Scottish Leaving Certificate Examination, 1953
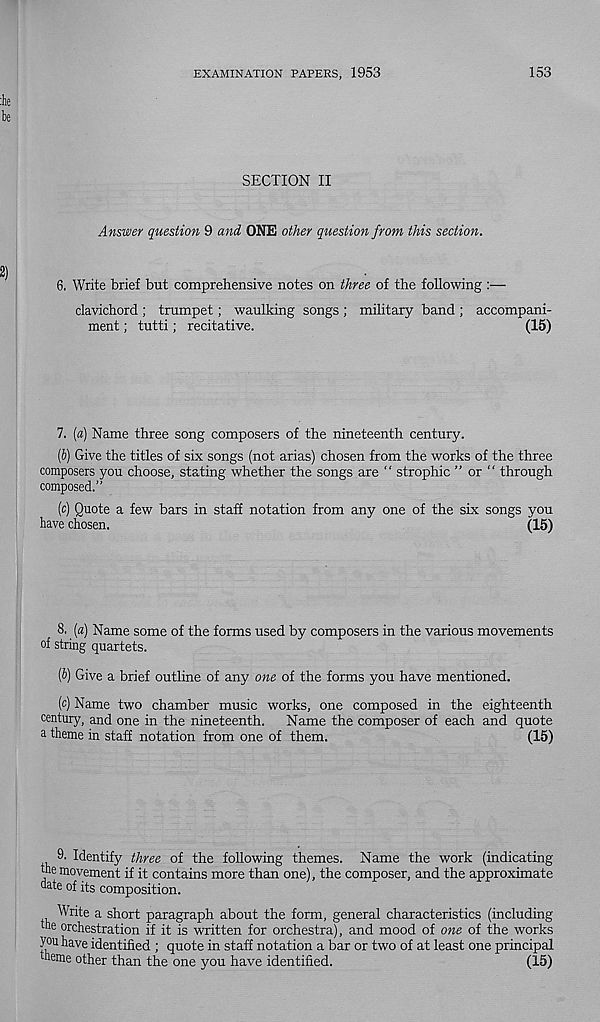
EXAMINATION PAPERS, 1953
153
SECTION II
Answer question 9 and ONE other question from this section.
6. Write brief but comprehensive notes on three of the following :—
clavichord ; trumpet; waulking songs ; military band ; accompani-
ment ; tutti; recitative.
(15)
7. («) Name three song composers of the nineteenth century.
(&) Give the titles of six songs (not arias) chosen from the works of the three
composers you choose, stating whether the songs are “ strophic ” or “ through
composed.”
(c) Quote a few bars in staff notation from any one of the six songs you
have chosen.
(15)
8. (a) Name some of the forms used by composers in the various movements
of string quartets.
(6) Give a brief outline of any one of the forms you have mentioned.
(c) Name two chamber music works, one composed in the eighteenth
century, and one in the nineteenth. Name the composer of each and quote
a theme in staff notation from one of them.
(15)
9. Identify three of the following themes. Name the work (indicating
the movement if it contains more than one), the composer, and the approximate
date of its composition.
Write a short paragraph about the form, general characteristics (including
the orchestration if it is written for orchestra), and mood of one of the works
you have identified ; quote in staff notation a bar or two of at least one principal
theme other than the one you have identified.
(15)